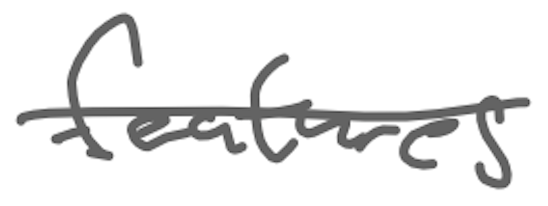
Text: features
Cross-out: mix
Writing tool: digital_gray